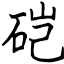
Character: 硙